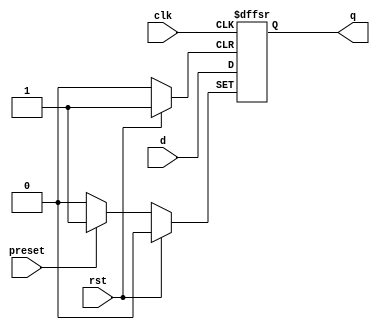
module dff_preset (
    input wire clk,
    input wire rst,
    input wire preset,
    input wire d,
    output reg q
);

always @(posedge clk or posedge rst or posedge preset) begin
    if (rst) begin
        q <= 1'b0;
    end else if (preset) begin
        q <= 1'b1;
    end else begin
        q <= d;
    end
end

endmodule